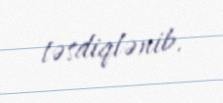
təsdiqlənib.